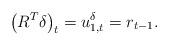
LaTeX: \begin{align*} \left(R^T\delta\right)_t=u^\delta_{1,t}= r_{t-1}.\end{align*}